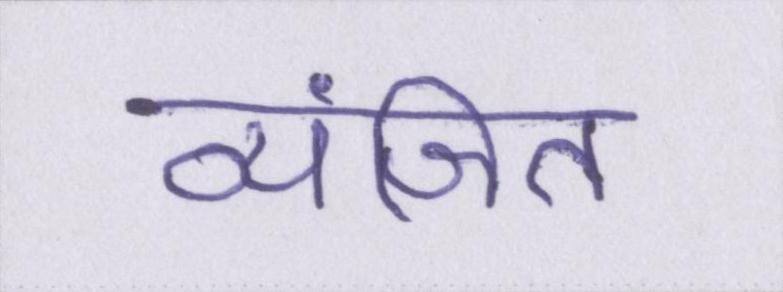
व्यंजित